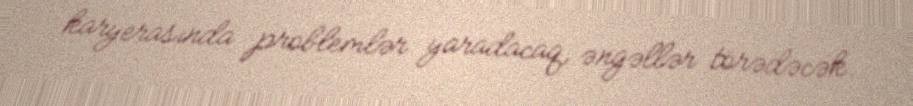
karyerasında problemlər yaradacaq, əngəllər törədəcək.